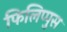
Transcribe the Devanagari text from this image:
फिलिप्पुस